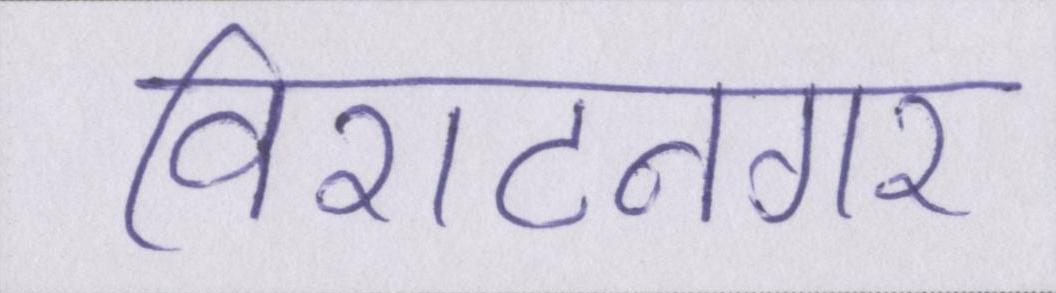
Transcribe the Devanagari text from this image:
विराटनगर